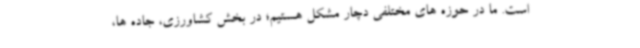
است. ما در حوزه های مختلفی دچار مشکل هستیم؛ در بخش کشاورزی، جاده ها،